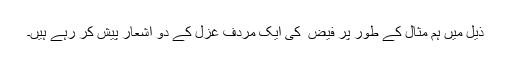
ذیل میں ہم مثال کے طور پر فیض ؔ کی ایک مردف غزل کے دو اشعار پیش کر رہے ہیں۔